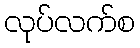
လုပ်လက်စ